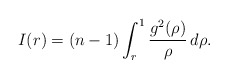
\begin{align*} I(r)=(n-1)\int_r^1 \frac{g^2(\rho)}{\rho}\,d\rho. \end{align*}